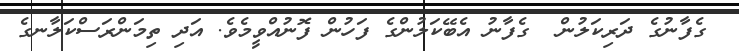
ގެފާނުގެ ދަރިކަލުން  ގެފާނު އެބޭކަލުންގެ ފަހުން ފޮނުއްވީމެވެ. އަދި ތިމަންރަސްކަލާނގެ